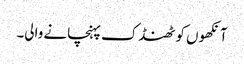
آنکھوں کو ٹھنڈک پہنچانے والی۔